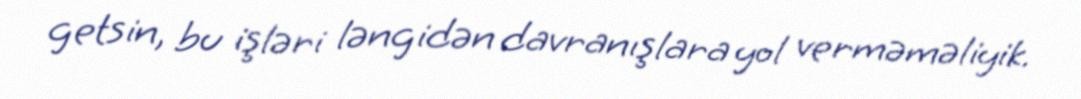
getsin, bu işləri ləngidən davranışlara yol verməməliyik.